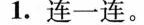
1.连一连。